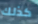
كذلك